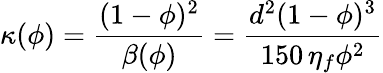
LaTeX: \displaystyle\kappa(\phi)=\frac{(1-\phi)^{2}}{\beta(\phi)}=\frac{d^{2}(1-\phi)^{3}}{150\, \eta_{f}\phi^{2}}